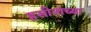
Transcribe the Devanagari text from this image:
हसीनांच्या